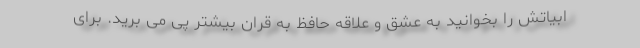
ابیاتش را بخوانید به عشق و علاقه حافظ به قران بیشتر پی می برید. برای